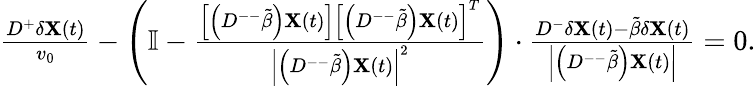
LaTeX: \begin{array}{r}{\frac{D^{+}\delta\mathbf{X}(t)}{v_{0}}-\left(\mathbb{I}-\frac{\left[\left(D^{--}\tilde{\beta}\right)\mathbf{X}(t)\right]\left[\left(D^{--}\tilde{\beta}\right)\mathbf{X}(t)\right]^{T}}{\left|\left(D^{--}\tilde{\beta}\right)\mathbf{X}(t)\right|^{2}}\right)\cdot\frac{D^{-}\delta\mathbf{X}(t)-\tilde{\beta}\delta\mathbf{X}(t)}{\left|\left(D^{--}\tilde{\beta}\right)\mathbf{X}(t)\right|}=0.}\end{array}